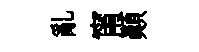
亂甯顚